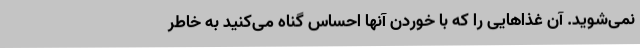
نمی‌شوید. آن غذاهایی را که با خوردن آنها احساس گناه می‌کنید به خاطر